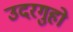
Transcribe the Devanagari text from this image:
उदरगुहो